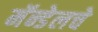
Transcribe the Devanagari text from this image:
मॅन्डेलचे